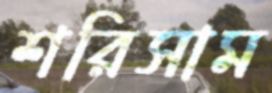
শরিসাম